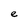
Character: e